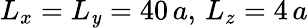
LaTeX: L_{x}=L_{\mathit{y}}=40\, a,\, L_{z}=4\, a